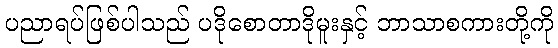
ပညာရပ်ဖြစ်ပါသည် ပဒိုစောတာဒိုမူးနှင့် ဘာသာစကားတို့ကို